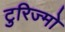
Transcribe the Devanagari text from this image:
टुरिज्मो